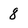
Character: 8